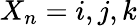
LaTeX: X_{n}=i,j,k